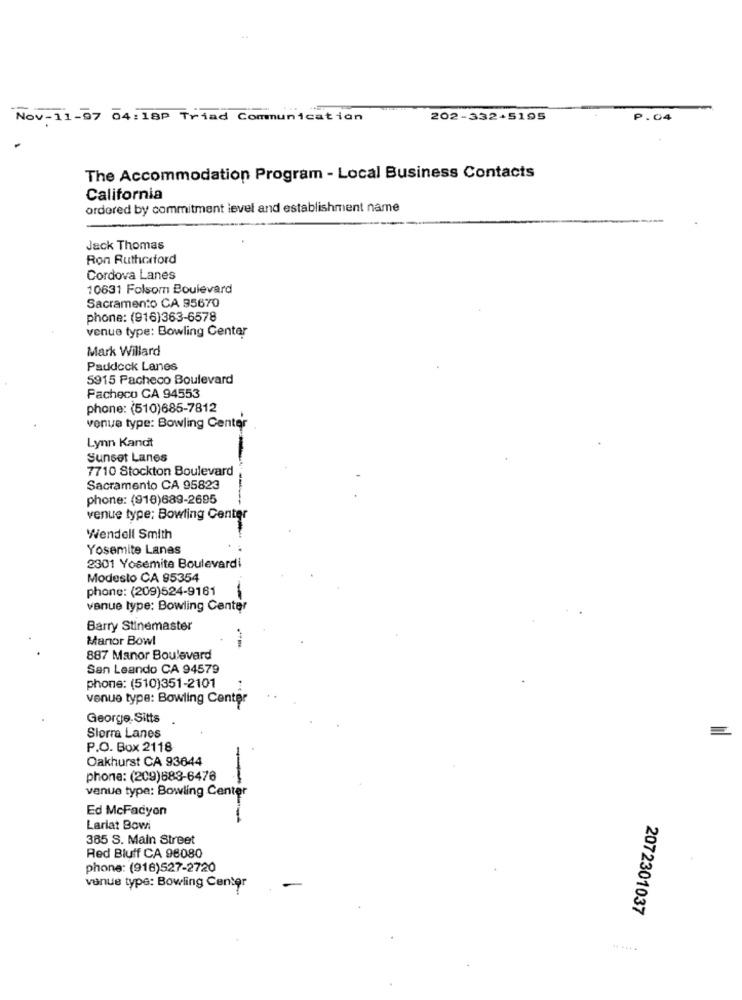
Nov-11-07 04:18P Triad Communication
202-332+5195
The Accommodation Program - Local Business Contacts
California
ordered by commitment level and establishment name
Jack Thomas
Ron Rutherford
Cordova Lanes
10631 Folsom Boulevard
Sacramento CA 95670
phone: (916)363-6578
venue type: Bowling Center
Mark Willard
Paddock Lanes
5915 Pacheco Boulevard
Pacheco CA 94553
phone: (510)685-7812
venue type: Bowling Center
Lynn Kandt
Sunset Lanes
7710 Stockton Boulevard
Sacramento CA 95823
phone: (918)689-2695
venue type: Bowling Center
Wendell Smith
Yosemite Lanas
2301 Yosemite Boulevardi
Modesto CA 95354
phone: (209)524-9161
venue type: Bowling Center
Barry Stinemaster
Manor Bowl
887 Manor Boulevard
San Leando CA 94579
phone: (510)351-2101
venue type: Bowling Center
George. Sitts
Sierra Lanes
P.O. Box 2118
Oakhurst CA 93644
phone: (209)688-6476
-
venue type: Bowling Center
Ed McFadyen
Lariat Bow
385 S. Main Street
Red Bluff CA 98080
phone: (918)527-2720
venue type: Bowling Center
2072301037